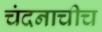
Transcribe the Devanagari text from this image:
चंदनाचीच